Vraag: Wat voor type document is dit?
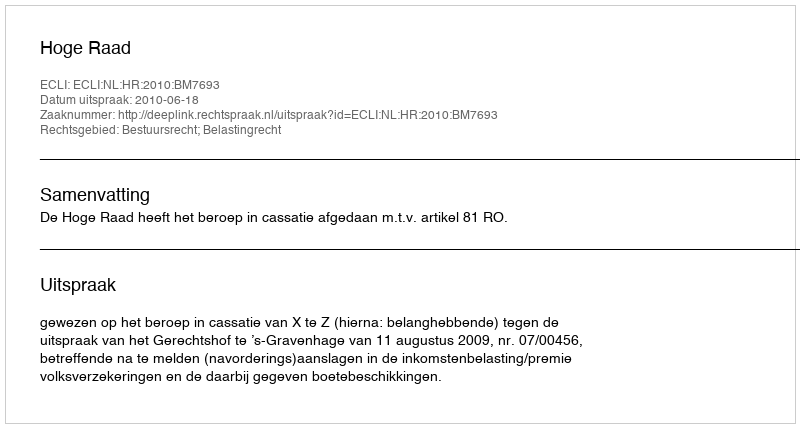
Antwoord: Uitspraak